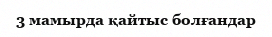
3 мамырда қайтыс болғандар